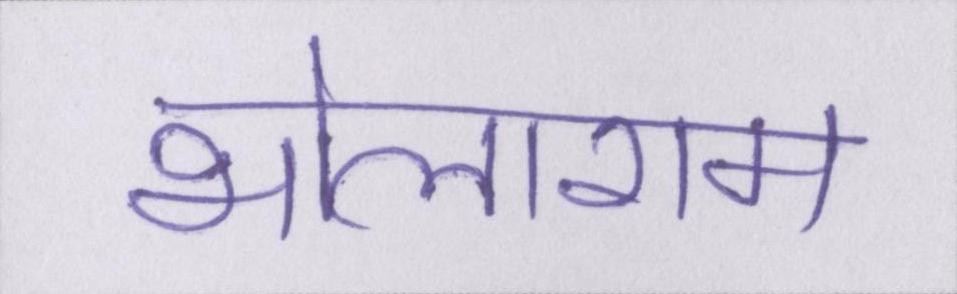
भोलाराम